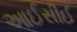
આઈસીઈ